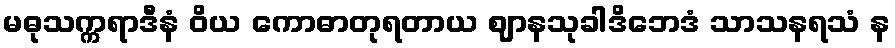
မဓုသက္ကရာဒီနံ ဝိယ ကောဓာတုရတာယ ဈာနသုခါဒိဘေဒံ သာသနရသံ န